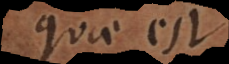
quae est